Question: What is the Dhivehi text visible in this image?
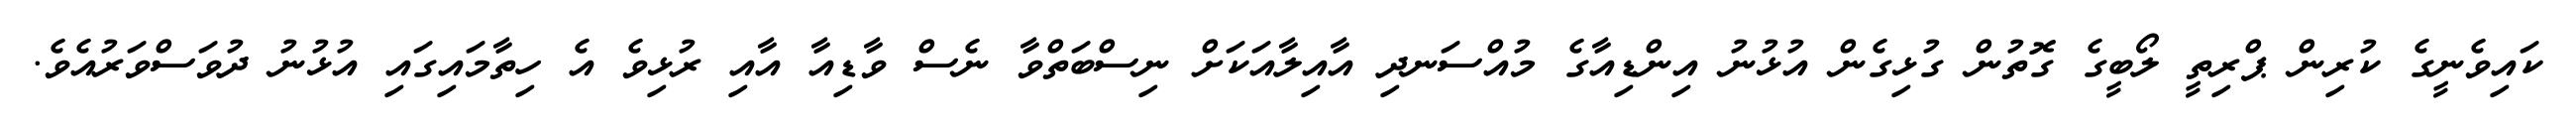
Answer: ކައިވެނީގެ ކުރިން ޕްރިތީ ލޯބީގެ ގޮތުން ގުޅިގެން އުޅުނު އިންޑިއާގެ މުއްސަނދި އާއިލާއަކަށް ނިސްބަތްވާ ނެސް ވާޑިއާ އާއި ރުޅިވެ އެ ހިތާމައިގައި އުޅުނު ދުވަސްވަރުއެވެ.